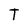
Character: T